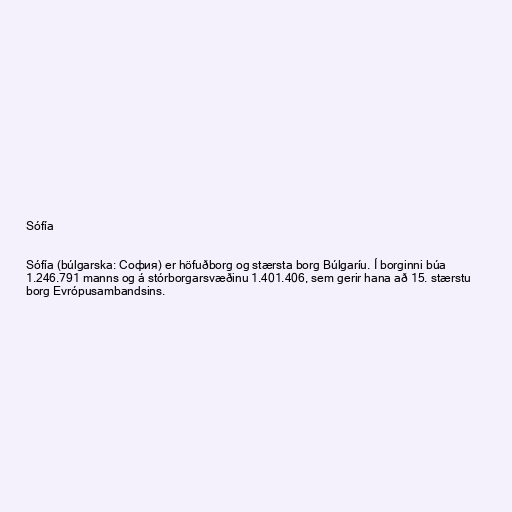
Sófía

Sófía (búlgarska: София) er höfuðborg og stærsta borg Búlgaríu. Í borginni búa
1.246.791 manns og á stórborgarsvæðinu 1.401.406, sem gerir hana að 15. stærstu
borg Evrópusambandsins.